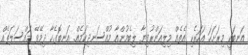
އަނބަކީ މިރަށަހަ އަހަރެކި އެތެއް މިލިއަންރުފިޔާ ލިބެމުންއާ މުއްސަނދިކަމެއް. އަނބޮގެހާ ދިމޭވޭ މައްސަލަތެއް